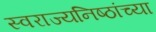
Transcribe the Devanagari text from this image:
स्वराज्यनिष्ठांच्या